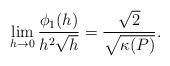
LaTeX: \begin{align*} \begin{aligned} \lim_{h\rightarrow0}\frac{\phi_1(h)}{h^2\sqrt{h}}=\frac{\sqrt{2}}{\sqrt{\kappa(P)}}. \end{aligned} \end{align*}